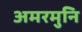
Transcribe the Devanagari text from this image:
अमरमुनि